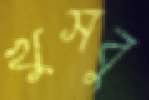
খুসবু